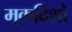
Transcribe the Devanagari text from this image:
मुकदिशो